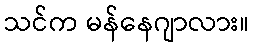
သင်က မန်နေဂျာလား။